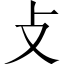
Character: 攴